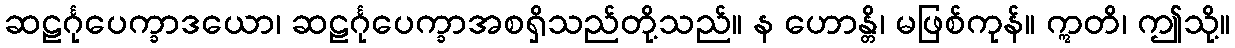
ဆဠင်္ဂုပေက္ခာဒယော၊ ဆဠင်္ဂုပေက္ခာအစရှိသည်တို့သည်။ န ဟောန္တိ၊ မဖြစ်ကုန်။ ဣတိ၊ ဤသို့။